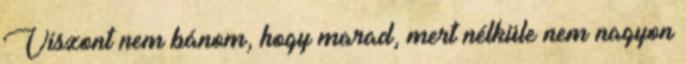
Viszont nem bánom, hogy marad, mert nélküle nem nagyon